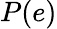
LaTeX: P(e)